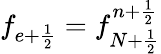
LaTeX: f_{e+\frac{1}{2}}=f_{N+\frac{1}{2}}^{n+\frac{1}{2}}